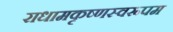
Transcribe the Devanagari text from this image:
राधामकृष्णस्वरूपम